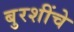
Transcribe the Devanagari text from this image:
बुरशींचे